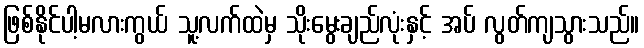
ဖြစ်နိုင်ပါ့မလားကွယ် သူ့လက်ထဲမှ သိုးမွေးချည်လုံးနှင့် အပ် လွတ်ကျသွားသည်။